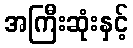
အကြီးဆုံးနှင့်